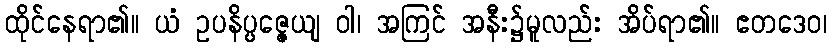
ထိုင်နေရာ၏။ ယံ ဥပနိပ္ပဇ္ဇေယျ ဝါ၊ အကြင် အနီး၌မူလည်း အိပ်ရာ၏။ ဧတဒေဝ၊